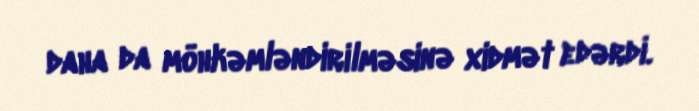
daha da möhkəmləndirilməsinə xidmət edərdi.